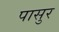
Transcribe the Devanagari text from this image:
पासुर